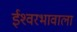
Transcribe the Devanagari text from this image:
ईश्‍वरभावाला